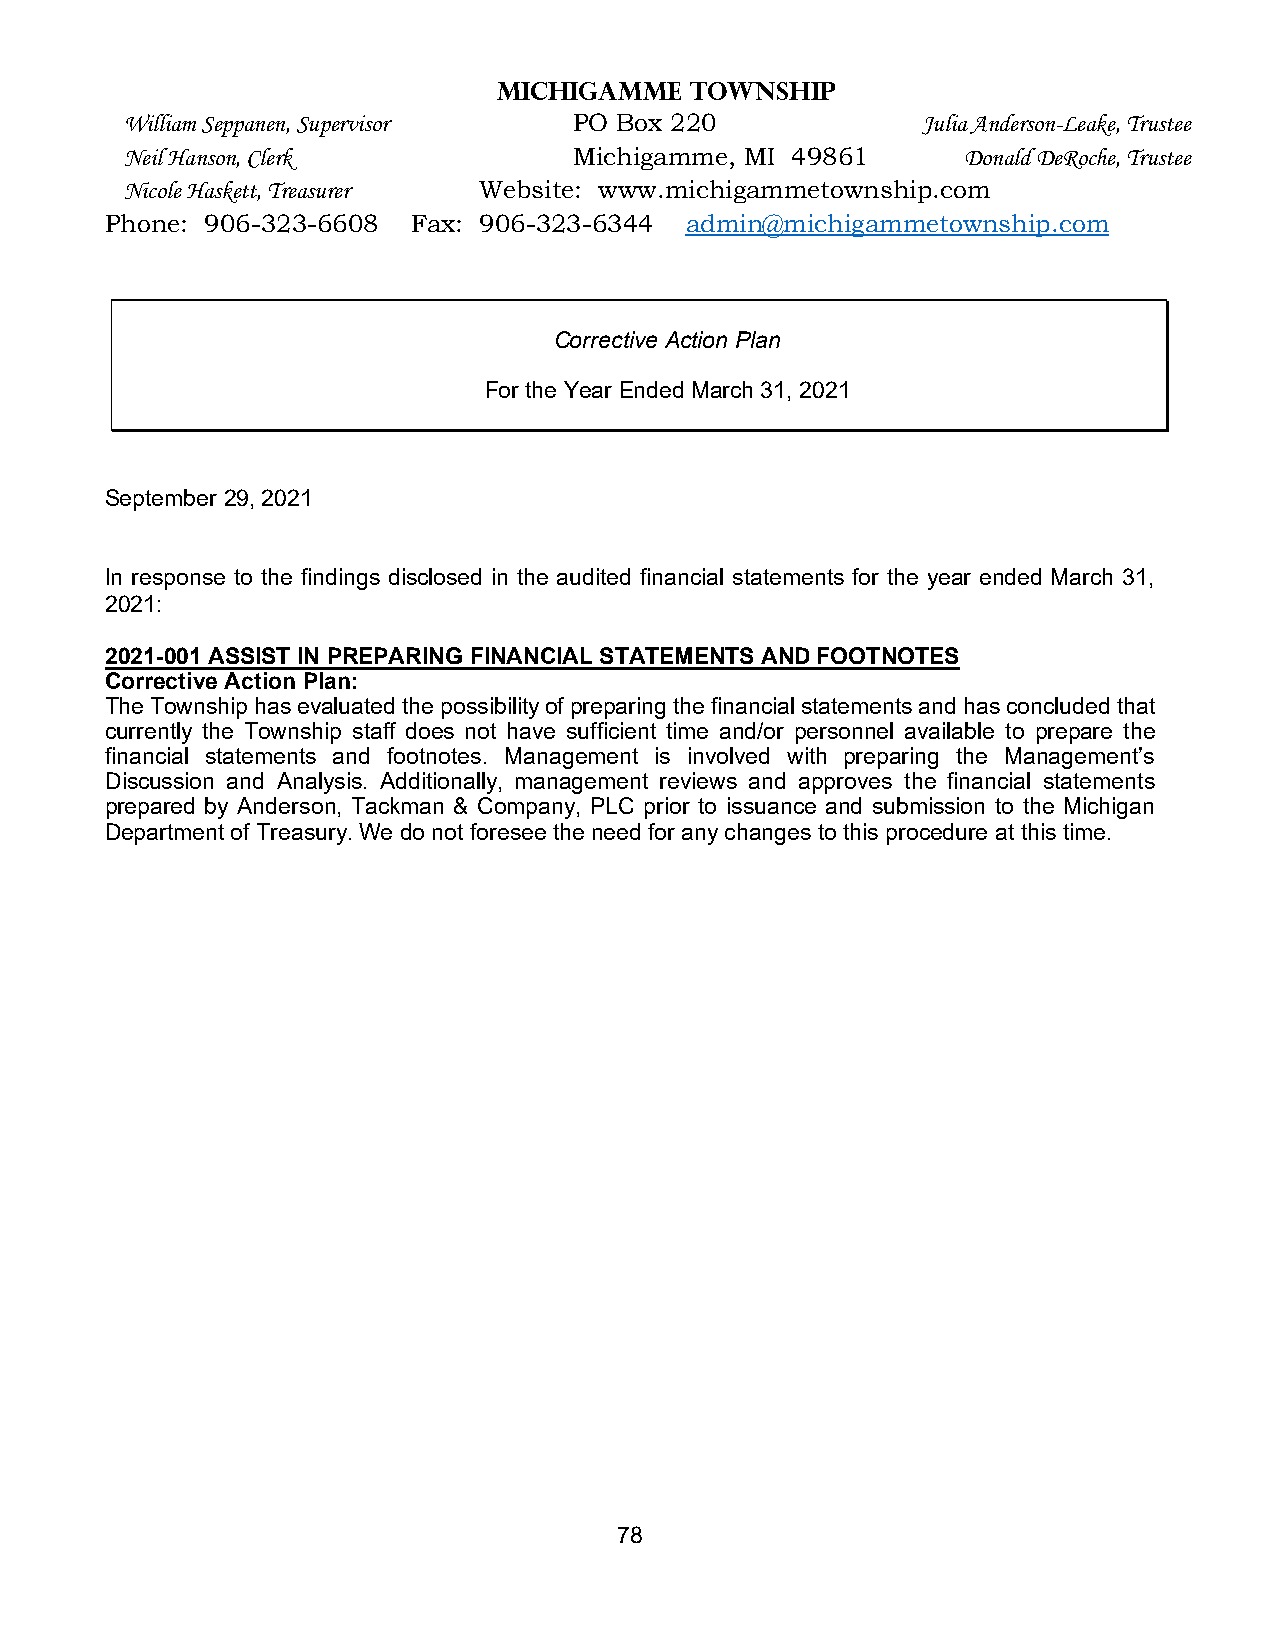
Michigamme   Township
 William Seppanen, Supervisor  PO Box 220             Julia Anderson-Leake, Trustee
 Neil Hanson, Clerk            Michigamme, MI 49861      Donald DeRoche, Trustee
 Nicole Haskett, Treasurer Website: www.michigammetownship.com
 Phone: 906-323-6608 Fax: 906-323-6344 admin@michigammetownship.com
 Corrective Action Plan
 For the Year Ended March 31, 2021
 September 29, 2021
 In response to the findings disclosed in the audited financial statements for the year ended March 31,
 2021:
 2021-001 ASSIST IN PREPARING FINANCIAL STATEMENTS AND FOOTNOTES
 Corrective Action Plan:
 The Township has evaluated the possibility of preparing the financial statements and has concluded that
 currently the Township staff does not have sufficient time and/or personnel available to prepare the
 financial statements and footnotes. Management is involved with preparing the Management’s
 Discussion and Analysis. Additionally, management reviews and approves the financial statements
 prepared by Anderson, Tackman & Company, PLC prior to issuance and submission to the Michigan
 Department of Treasury. We do not foresee the need for any changes to this procedure at this time.
 78